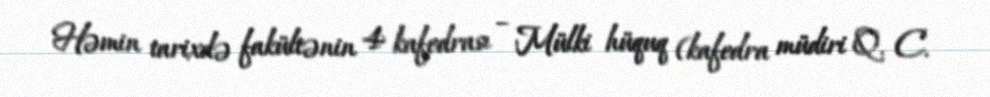
Həmin tarixdə fakültənin 4 kafedrası – Mülki hüquq (kafedra müdiri Q. C.